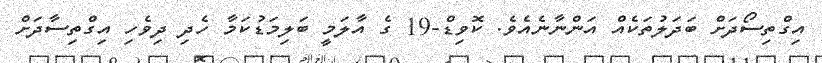
އިގްތިސޯދަށް ބަދަލުތަކެއް އަންނާނެއެވެ. ކޮވިޑް-19 ގެ އާލަމީ ބަލިމަޑުކަމާ ހެދި ދިވެހި އިގްތިސާދަށް